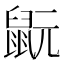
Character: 𪕀